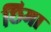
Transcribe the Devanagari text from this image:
छिमा